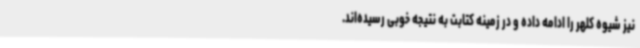
نیز شیوه کلهر را ادامه داده‌ و در زمینه کتابت به نتیجه خوبی رسیده‌اند.